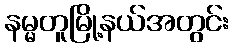
နမ္မတူမြို့နယ်အတွင်း